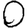
Digit: 0